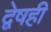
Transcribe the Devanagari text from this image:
द्वेषही